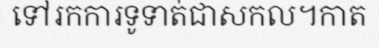
ទៅរកការទូទាត់ជាសកល។កាត